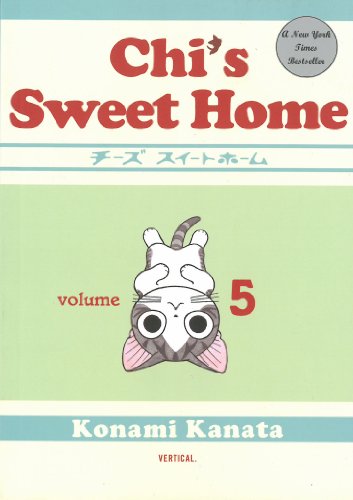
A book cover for Chi's Sweet Home, volume 5; Kanata Konami; Comics & Graphic Novels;